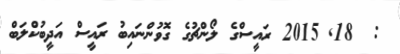
:  18